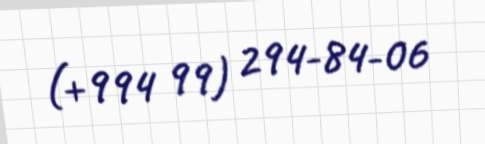
(+994 99) 294-84-06